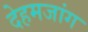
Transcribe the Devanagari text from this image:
देहमजांग